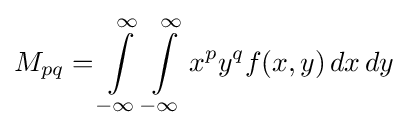
M_{pq}=\int \limits _{-\infty }^{\infty }\int \limits _{-\infty }^{\infty }x^{p}y^{q}f(x,y)\,dx\,dy